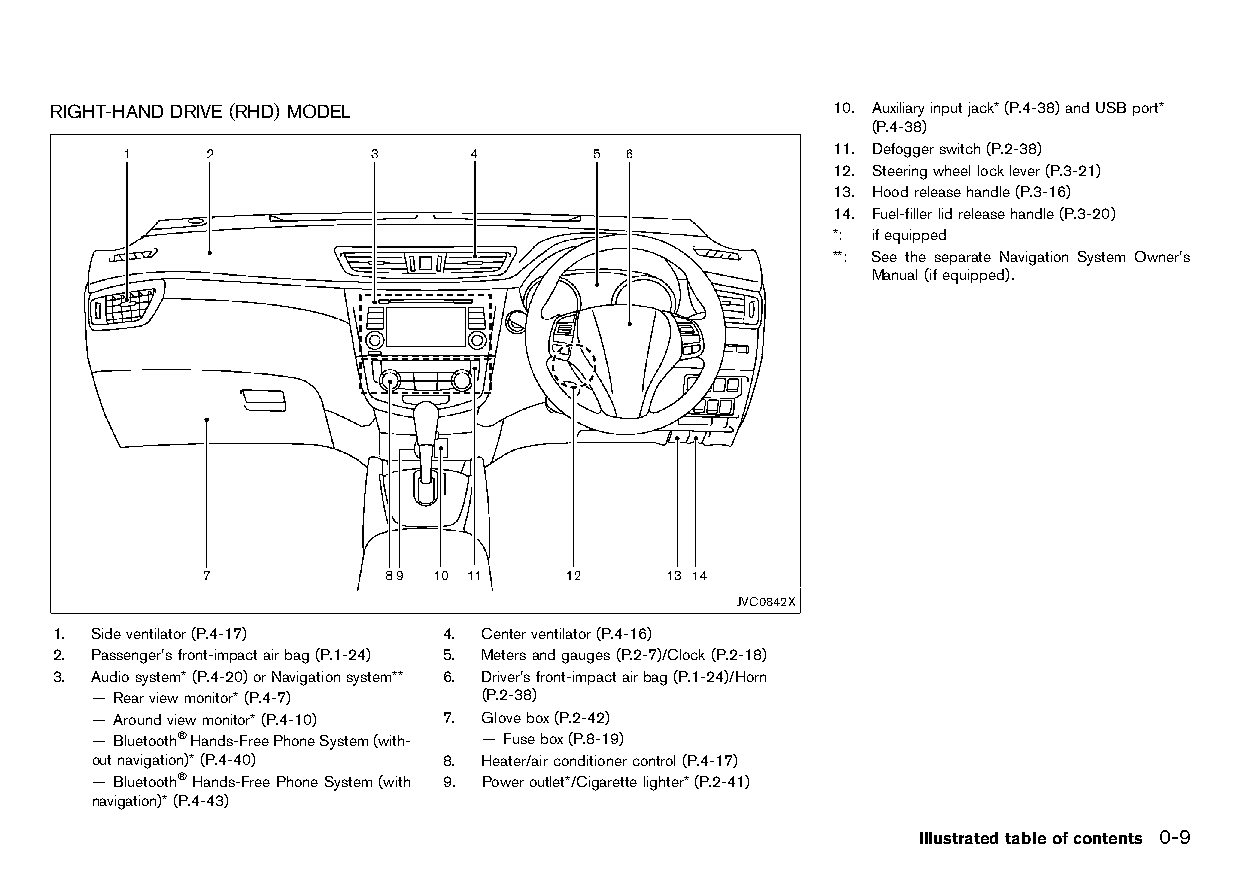
(23,1)
 RIGHT-HANDDRIVE (RHD) MODEL                         10. Auxiliaryinputjack*(P.4-38)andUSBport*
 HT32A1-2C6B73CA-1866-4562-9175-5F11892A2EE0    (P.4-38)
 11. Defoggerswitch(P.2-38)
 12. Steeringwheellocklever(P.3-21)
 13. Hoodreleasehandle(P.3-16)
 14. Fuel-fillerlidreleasehandle(P.3-20)
 *: ifequipped
 **: See the separate Navigation System Owner’s
 Manual(ifequipped).
 JVC0842X
 1. Sideventilator(P.4-17) 4. Centerventilator(P.4-16)
 2. Passenger’sfront-impactairbag(P.1-24) 5. Metersandgauges(P.2-7)/Clock(P.2-18)
 3. Audiosystem*(P.4-20)orNavigationsystem** 6. Driver’sfront-impactairbag(P.1-24)/Horn
 — Rearviewmonitor*(P.4-7) (P.2-38)
 — Aroundviewmonitor*(P.4-10) 7. Glovebox(P.2-42)
 — Bluetooth®Hands-FreePhoneSystem(with- — Fusebox(P.8-19)
 outnavigation)*(P.4-40) 8. Heater/airconditionercontrol(P.4-17)
 — Bluetooth®Hands-FreePhoneSystem(with 9. Poweroutlet*/Cigarettelighter*(P.2-41)
 navigation)*(P.4-43)
 Illustratedtableofcontents 0-9
 Condition:                        [Edit:2015/8/24 Model: HT32-A]